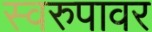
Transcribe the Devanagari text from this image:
स्वरुपावर